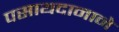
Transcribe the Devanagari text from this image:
पसायदानाने